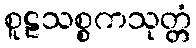
စူဠသစ္စကသုတ္တံ